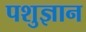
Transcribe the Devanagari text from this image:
पशुज्ञान